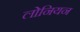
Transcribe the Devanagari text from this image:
लोनियन